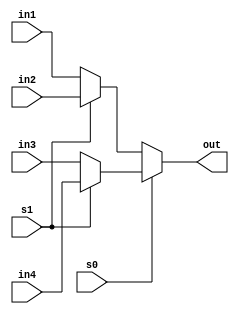
module mux41( in1, in2, in3 ,in4 , out , s0, s1);
input [1:0]in1, in2, in3, in4;
output  [1:0]out;
input s0,s1;

assign out = s0? ( s1? in4 : in3  ) : ( s1? in2 : in1);
endmodule